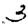
Digit: 3